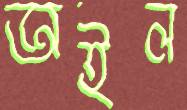
অইল